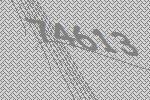
74613